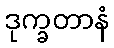
ဒုက္ခတာနံ